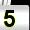
Digit: 5